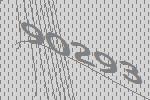
90293